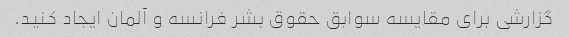
گزارشی برای مقایسه سوابق حقوق بشر فرانسه و آلمان ایجاد کنید.